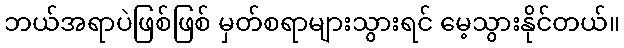
ဘယ်အရာပဲဖြစ်ဖြစ် မှတ်စရာများသွားရင် မေ့သွားနိုင်တယ်။